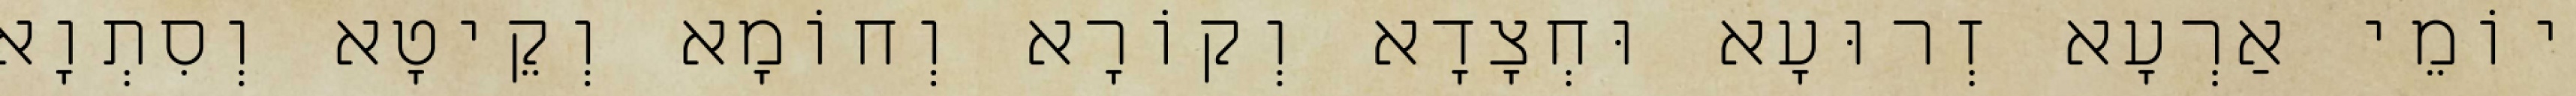
יוֹמֵי אַרְעָא זְרוּעָא וּחְצָדָא וְקוֹרָא וְחוֹמָא וְקֵיטָא וְסִתְוָא